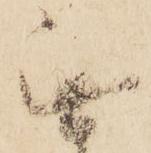
無